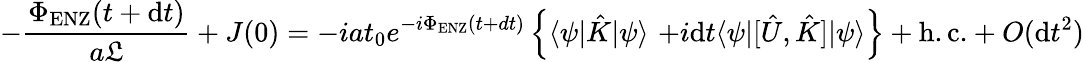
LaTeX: -\frac{\Phi_{\mathrm{ENZ}}(t+\mathrm{d}t)}{a\mathfrak{L}}+J(0)=-iat_{0}e^{-i\Phi_{\mathrm{ENZ}}(t+dt)}\left\{ \langle\psi|\hat{K}|\psi\rangle\right.\, \left.+i\mathrm{d}t\langle\psi|[\hat{U},\hat{K}]|\psi\rangle\right\} +\mathrm{h.c.}+O(\mathrm{d}t^{2})